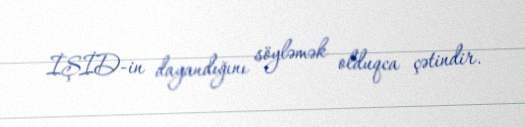
İŞİD-in dayandığını söyləmək olduqca çətindir.